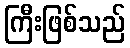
ကြီးဖြစ်သည်